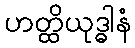
ဟတ္ထိယုဒ္ဓါနံ